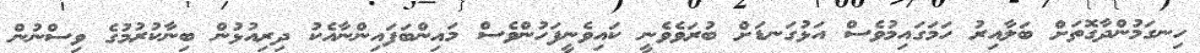
ހިނގަމުންދާގޮތަށް ބަލާއިރު ހަމަގައިމުވެސް އަޅުގަނޑަށް ބުރަވެވެނީ ކައިވެނީފަހުންވެސް މައިންބަފައިންނާއެކު ދިރިއުޅުން ބިނާކުރުމުގެ ވިސްނުން